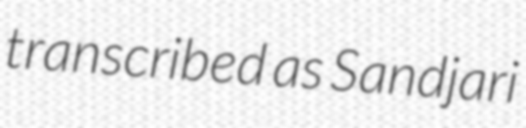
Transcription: transcribed as Sandjari